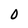
Character: 0